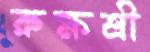
রুক্ষশ্রী